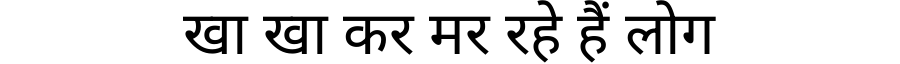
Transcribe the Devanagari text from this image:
खा खा कर मर रहे हैं लोग